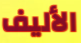
الأليف